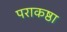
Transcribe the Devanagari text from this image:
पराकष्ठा